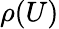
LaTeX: \rho(U)